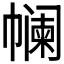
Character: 𰏟